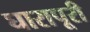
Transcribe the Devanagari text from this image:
घारापूरी